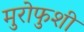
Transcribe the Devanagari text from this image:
मुरोफुशी